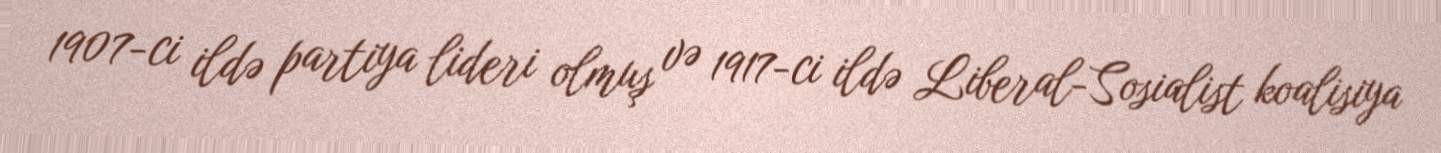
1907-ci ildə partiya lideri olmuş və 1917-ci ildə Liberal-Sosialist koalisiya